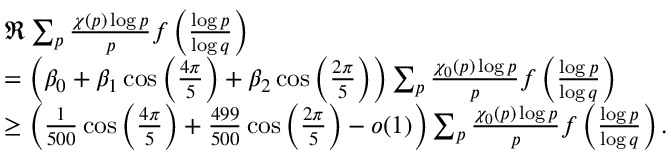
\begin{array} { r l } & { \Re \sum _ { p } \frac { \chi ( p ) \log p } { p } f \left( \frac { \log p } { \log q } \right) } \\ & { = \left( \beta _ { 0 } + \beta _ { 1 } \cos \left( \frac { 4 \pi } { 5 } \right) + \beta _ { 2 } \cos \left( \frac { 2 \pi } { 5 } \right) \right) \sum _ { p } \frac { \chi _ { 0 } ( p ) \log p } { p } f \left( \frac { \log p } { \log q } \right) } \\ & { \geq \left( \frac { 1 } { 5 0 0 } \cos \left( \frac { 4 \pi } { 5 } \right) + \frac { 4 9 9 } { 5 0 0 } \cos \left( \frac { 2 \pi } { 5 } \right) - o ( 1 ) \right) \sum _ { p } \frac { \chi _ { 0 } ( p ) \log p } { p } f \left( \frac { \log p } { \log q } \right) . } \end{array}